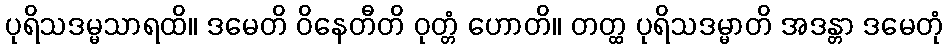
ပုရိသဒမ္မသာရထိ။ ဒမေတိ ဝိနေတီတိ ဝုတ္တံ ဟောတိ။ တတ္ထ ပုရိသဒမ္မာတိ အဒန္တာ ဒမေတုံ